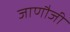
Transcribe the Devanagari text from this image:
जाणौजी